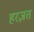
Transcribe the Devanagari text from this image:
हरज़त